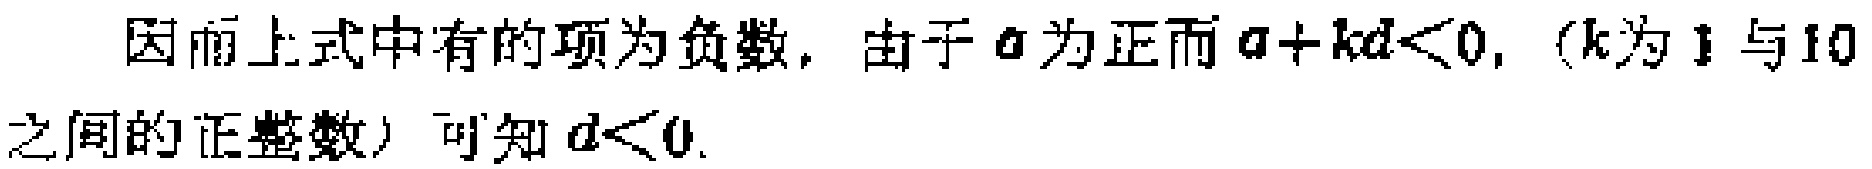
因而上式中有的项为负数, 由于\(a\)为正而\(a + kd<0\), (\(k\)为\(1\)与\(10\)之间的正整数) 可知\(d<0\).